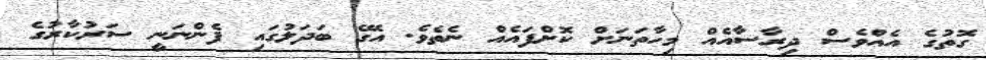
ގޮތުގެ އެއްވެސް ދިރާސާއެއް މިހާތަނަށް ކޮށްފައެއް ނެތެވެ. އޭގެ ބަދަލުގައި ފެންނަނީ ސަރުކާރުގެ